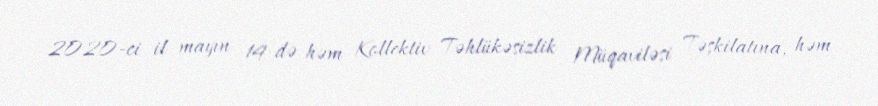
2020-ci il mayın 14-də həm Kollektiv Təhlükəsizlik Müqaviləsi Təşkilatına, həm